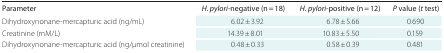
<table><thead><tr><td><b>Parameter</b></td><td><b><i>H. pylori</i>-negative (n = 18)</b></td><td><b><i>H. pylori</i>-positive (n = 12)</b></td><td><b><i>P</i> value (<i>t</i> test)</b></td></tr></thead><tbody><tr><td>Dihydroxynonane-mercapturic acid (ng/mL)</td><td>6.02 ± 3.92</td><td>6.78 ± 5.66</td><td>0.690</td></tr><tr><td>Creatinine (mM/L)</td><td>14.39 ± 8.01</td><td>10.83 ± 5.50</td><td>0.159</td></tr><tr><td>Dihydroxynonane-mercapturic acid (ng/μmol creatinine)</td><td>0.48 ± 0.33</td><td>0.58 ± 0.39</td><td>0.481</td></tr></tbody></table>